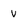
Character: v